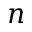
n